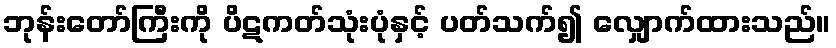
ဘုန်းတော်ကြီးကို ပိဋကတ်သုံးပုံနှင့် ပတ်သက်၍ လျှောက်ထားသည်။